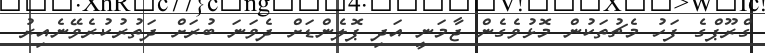
ގްރޫޕްގެ ފަހު މެޗުތަކުން މޮޅުވެގެން ޖާމަނީ އަދި ޕޮލެންޑަށް ދެވަނަ ބުރަށް ދަތުރުކުރެވޭނެއިރު